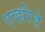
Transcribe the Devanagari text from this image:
एव्हरिडे